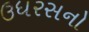
ઉધરસનો